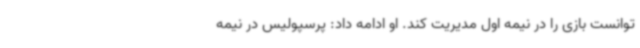
توانست بازی را در نیمه اول مدیریت کند. او ادامه داد: پرسپولیس در نیمه